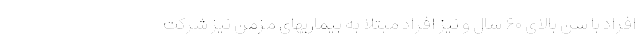
افراد با سن بالای ۶۰ سال و نیز افراد مبتلا به بیماریهای مزمن نیز شرکت